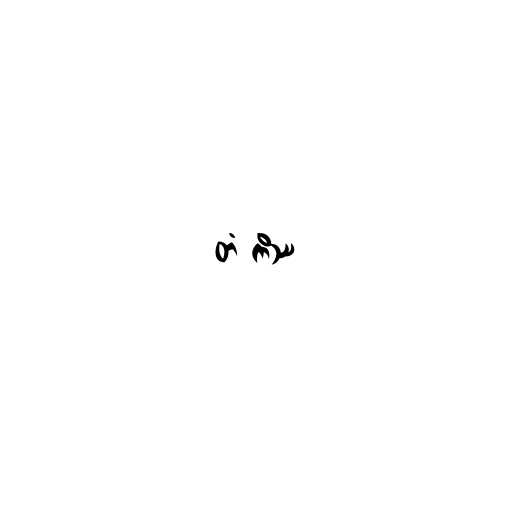
တံ ကိဿ